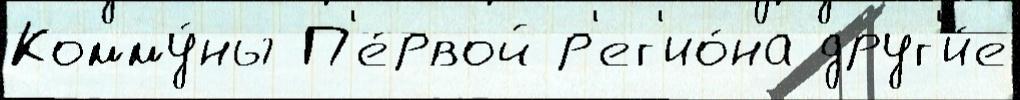
Комму́ны П'е́рвой р'ег'ио́на друг'и́е